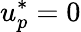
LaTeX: u_{p}^{*}=0